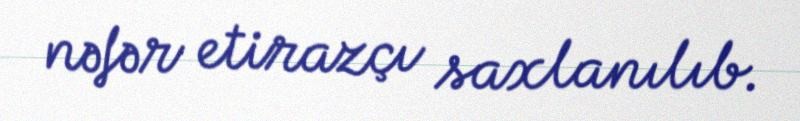
nəfər etirazçı saxlanılıb.